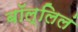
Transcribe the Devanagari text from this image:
बॉल्लिलं